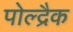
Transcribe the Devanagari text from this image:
पोल्द्रैक